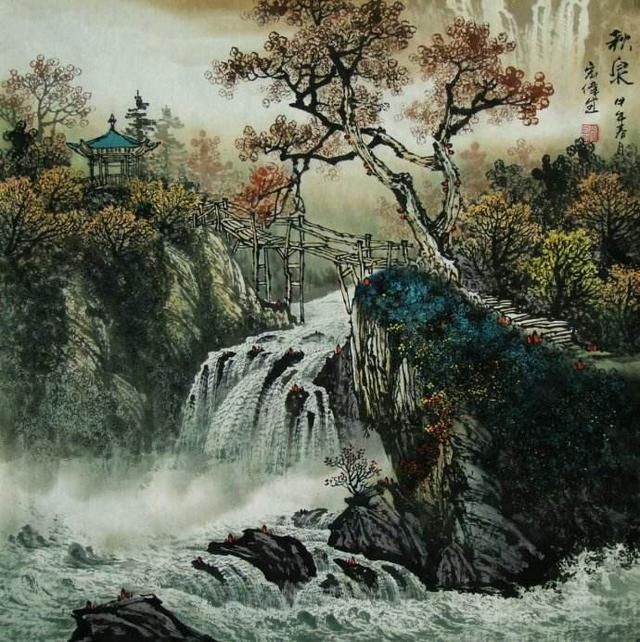
山中相送罢，日暮掩柴扉。